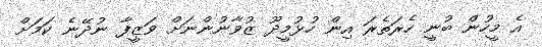
އެ މީހުން ބުނީ ހެރަތެރަ އިން ހުޅުމީދޫ ޒުވާނުންނަށް ވަޒީފާ ނުދޭނެ ކަމަށް